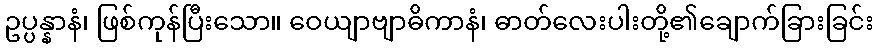
ဥပ္ပန္နာနံ၊ ဖြစ်ကုန်ပြီးသော။ ဝေယျာဗျာဓိကာနံ၊ ဓာတ်လေးပါးတို့၏ချောက်ခြားခြင်း